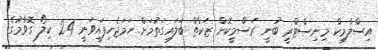
އިސްލާމިކް މިނިސްޓްރީ ބުނީ ރަސްމީކޮށް ޒަކާތް ބަލައިގަތުމަށް ހަމަޖެހިފައިވަނީ 2.4 ކިލޯ ގޮވާމުގެ